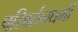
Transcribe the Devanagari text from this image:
परिवर्तनधर्मी